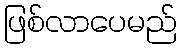
ဖြစ်လာပေမည်